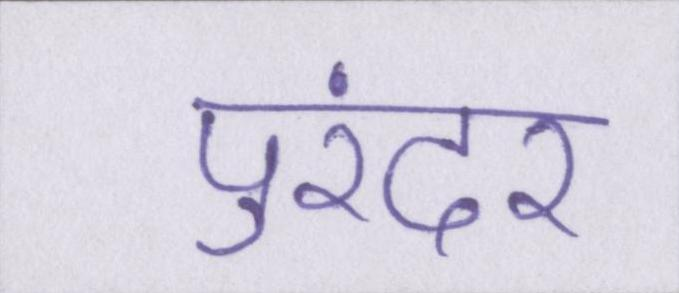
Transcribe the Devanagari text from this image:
पुरंदर